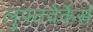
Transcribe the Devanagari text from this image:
लुफ्तवेर्केर्स